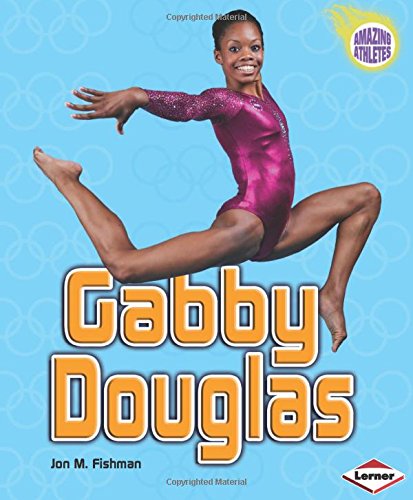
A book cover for Gabby Douglas (Amazing Athletes); Jon M. Fishman; Sports & Outdoors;